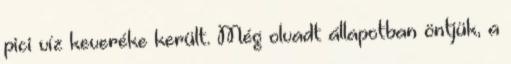
pici víz keveréke került. Még olvadt állapotban öntjük, a